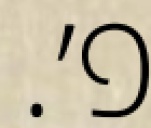
פ׳.